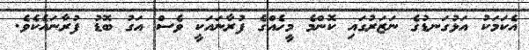
އެކަމަކު އަޅުގަނޑުގެ ނަޒަރުގައި ކޮންމެ މީހެއްގެ ފުރާނައަކީ ވެސް އަގު ބޮޑު ފުރާނައެކެވެ.